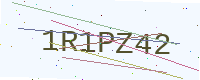
Text: 1R1PZ42